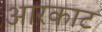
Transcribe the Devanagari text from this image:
आरकाट